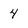
Character: 4